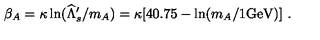
\beta _ { A } = \kappa \ln ( \widehat \Lambda _ { s } ^ { \prime } / m _ { A } ) = \kappa [ 4 0 . 7 5 - \ln ( m _ { A } / 1 \mathrm { { G e V } ) ] \ . }